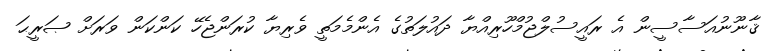
ޤާނޫނުއަސާސީން އެ ރައީސުލްޖުމްހޫރިއްޔާ ދައުލަތުގެ އެންމެމަތީ ވެރިޔާ ކުރަންޖެހޭ ކަންކަން ވަރަށް ޞަރީޙަ